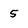
Character: 5